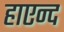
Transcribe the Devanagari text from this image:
हाएन्द